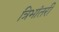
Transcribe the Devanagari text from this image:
त्रिभांतरी